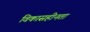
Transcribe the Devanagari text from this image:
विकासहीनता